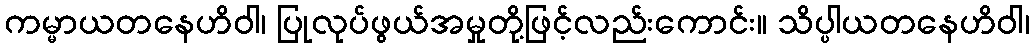
ကမ္မာယတနေဟိဝါ၊ ပြုလုပ်ဖွယ်အမှုတို့ဖြင့်လည်းကောင်း။ သိပ္ပါယတနေဟိဝါ၊